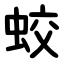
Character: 蛟